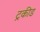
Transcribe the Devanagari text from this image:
ट्रकीड